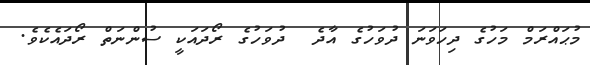
މުޙައްރަމް މަހުގެ ދިހަވަނަ ދުވަހުގެ އާދެ  ދުވަހުގެ ރޯދައަކީ ސުންނަތް ރޯދައެކެވެ.